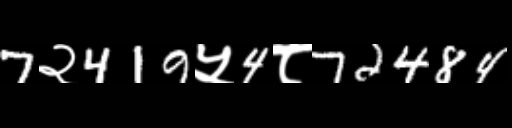
Text: 7२419५4८72484